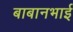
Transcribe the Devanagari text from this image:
बाबानभाई